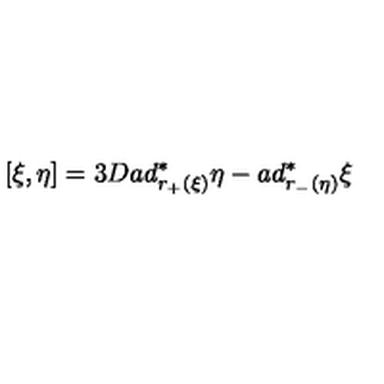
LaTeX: [ \xi , \eta ] = 3 D a d _ { r _ { + } ( \xi ) } ^ { \ast } \eta - a d _ { r _ { - } ( \eta ) } ^ { \ast } \xi